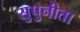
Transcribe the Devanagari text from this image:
सुपुनीता